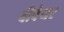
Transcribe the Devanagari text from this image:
बीवेयर